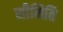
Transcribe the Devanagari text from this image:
सीमिति